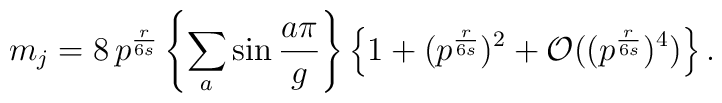
m_j =8\, p^{\frac{r}{6s}}\left\{\sum_a \sin \frac{a\pi}{g}\right\}\left\{ 1+(p^{\frac{r}{6s}})^2+{\mathcal O}((p^{\frac{r}{6s}})^4)\right\}.